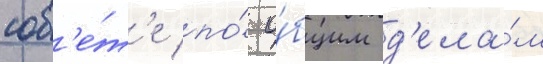
сов'е́т'е по́ о́бщим д'ела́м